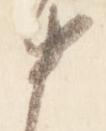
中